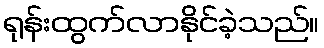
ရုန်းထွက်လာနိုင်ခဲ့သည်။